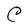
Character: C